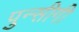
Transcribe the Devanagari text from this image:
पुन्सीगी